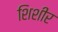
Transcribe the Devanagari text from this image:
शिशीर